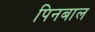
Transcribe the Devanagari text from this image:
पिनबाल